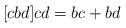
LaTeX: \begin{align*}[cbd] cd = bc + bd\end{align*}